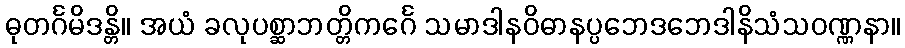
ဓုတင်္ဂမိဒန္တိ။ အယံ ခလုပစ္ဆာဘတ္တိကင်္ဂေ သမာဒါနဝိဓာနပ္ပဘေဒဘေဒါနိသံသဝဏ္ဏနာ။